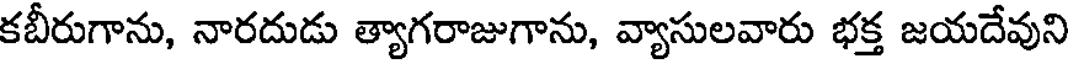
కబీరుగాను, నారదుడు త్యాగరాజుగాను, వ్యాసులవారు భక్త జయదేవుని